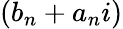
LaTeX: (b_{n}+a_{n}i)